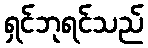
ရှင်ဘုရင်သည်